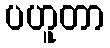
ပဟူတာ